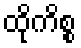
ထိုကိစ္စ